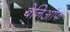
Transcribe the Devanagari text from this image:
बेनिऑफ